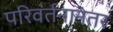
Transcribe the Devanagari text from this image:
परिवर्तनानंतर